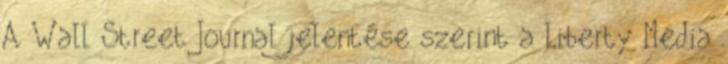
A Wall Street Journal jelentése szerint a Liberty Media